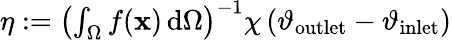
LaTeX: \begin{array}{r}{\eta:=\left(\int_{\Omega}f(\mathbf{x})\, \mathrm{d}\Omega\right)^{-1}\chi\, (\vartheta_{\mathrm{outlet}}-\vartheta_{\mathrm{inlet}})}\end{array}